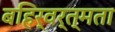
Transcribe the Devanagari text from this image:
बहिर्वर्त्मता